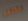
الكنغر